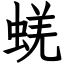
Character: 蜣